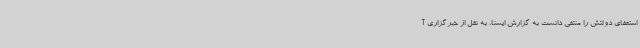
استعفای دولتش را منتفی دانست به گزارش ایسنا، به نقل از خبرگزاری آ